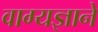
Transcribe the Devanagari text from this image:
वाग्यज्ञाने